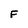
Character: F